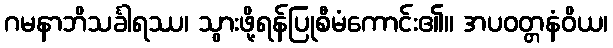
ဂမနာဘိသင်္ခါရဿ၊ သွားဖို့ရန်ပြုစီမံကောင်း၏။ အပဝတ္တနံဝိယ၊